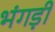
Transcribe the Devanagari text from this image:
भंगड़ी